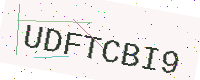
Text: UDFTCBI9